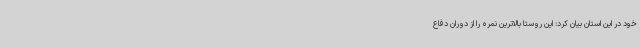
خود در این استان بیان کرد: این روستا بالاترین نمره را از دوران دفاع